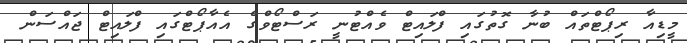
މީޑިއާ ރިޕޯޓްތައް ބުނާ ގޮތުގައި ފްލައިޓް ވެއްޓުނީ ރަސްޓޯވްގެ އެއާޕޯޓްގައި ފްލައިޓް ޖައްސަން